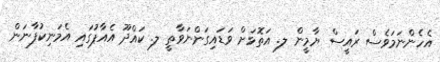
އެހެންނަމަވެސް ރައީސް ޔާމީން ލ. އަތޮޅަށް ވަޑައިގަންނަވާތީ ލ. ކައްދޫ އެއާޕުގައި އެމަނިކުފާނަން